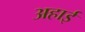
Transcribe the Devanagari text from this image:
अहाई